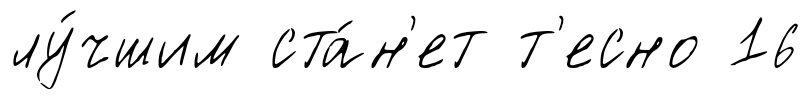
лу́чшим ста́н'ет т'есно 16